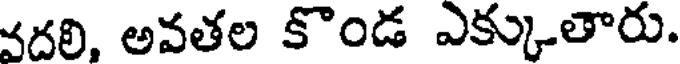
వదలి, అవతల కొండ ఎక్కుతారు.